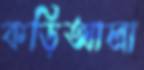
কড়িআলা